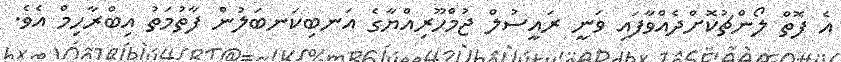
އެ ފޮތް ލޯންޗުކޮށްދެއްވާފައި ވަނީ ރައީސުލް ޖުމްހޫރިއްޔާގެ އަނބިކަނބަލުން ފާތުމަތު އިބްރާހިމް އެވެ.